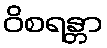
ဝိစရန္တာ